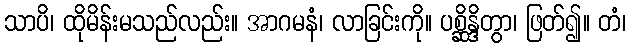
သာပိ၊ ထိုမိန်းမသည်လည်း။ အာဂမနံ၊ လာခြင်းကို။ ပစ္ဆိန္ဒိတွာ၊ ဖြတ်၍။ တံ၊